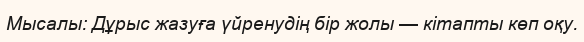
Мысалы: Дұрыс жазуға үйренудің бір жолы — кітапты көп оқу.